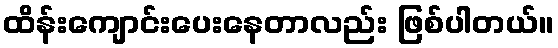
ထိန်းကျောင်းပေးနေတာလည်း ဖြစ်ပါတယ်။